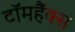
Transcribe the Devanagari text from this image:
टॉमहैंक्स